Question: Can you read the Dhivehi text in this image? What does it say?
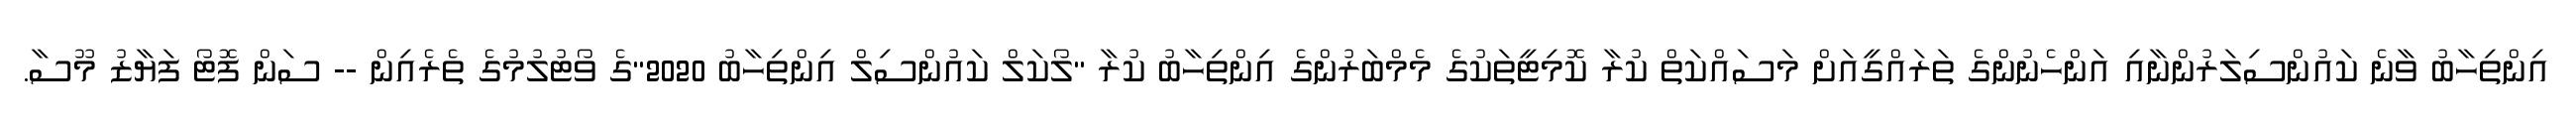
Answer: އިންތިހާބު ވާނެ ކައުންސިލަރުންނާއި އަންހެނުންގެ ތަރައްގީއަށް މަސައްކަތް ކުރާ ކޮމިޓީތަކުގެ މެމްބަރުންގެ އިންތިހާބު ކުރާ "ލޯކަލް ކައުންސިލް އިންތިހާބު 2020"ގެ ވޯޓުލުމުގެ ތެރެއިން -- ސަން ފޮޓޯ ފަޔާޒު މޫސާ.